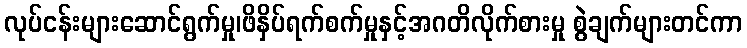
လုပ်ငန်းများဆောင်ရွက်မှု၊ဖိနှိပ်ရက်စက်မှုနှင့်အဂတိလိုက်စားမှု စွဲချက်များတင်ကာ